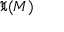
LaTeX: { \mathfrak { X } } ( M )